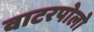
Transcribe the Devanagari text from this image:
वाटरपोलो